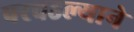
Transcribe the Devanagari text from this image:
परवडल्याने